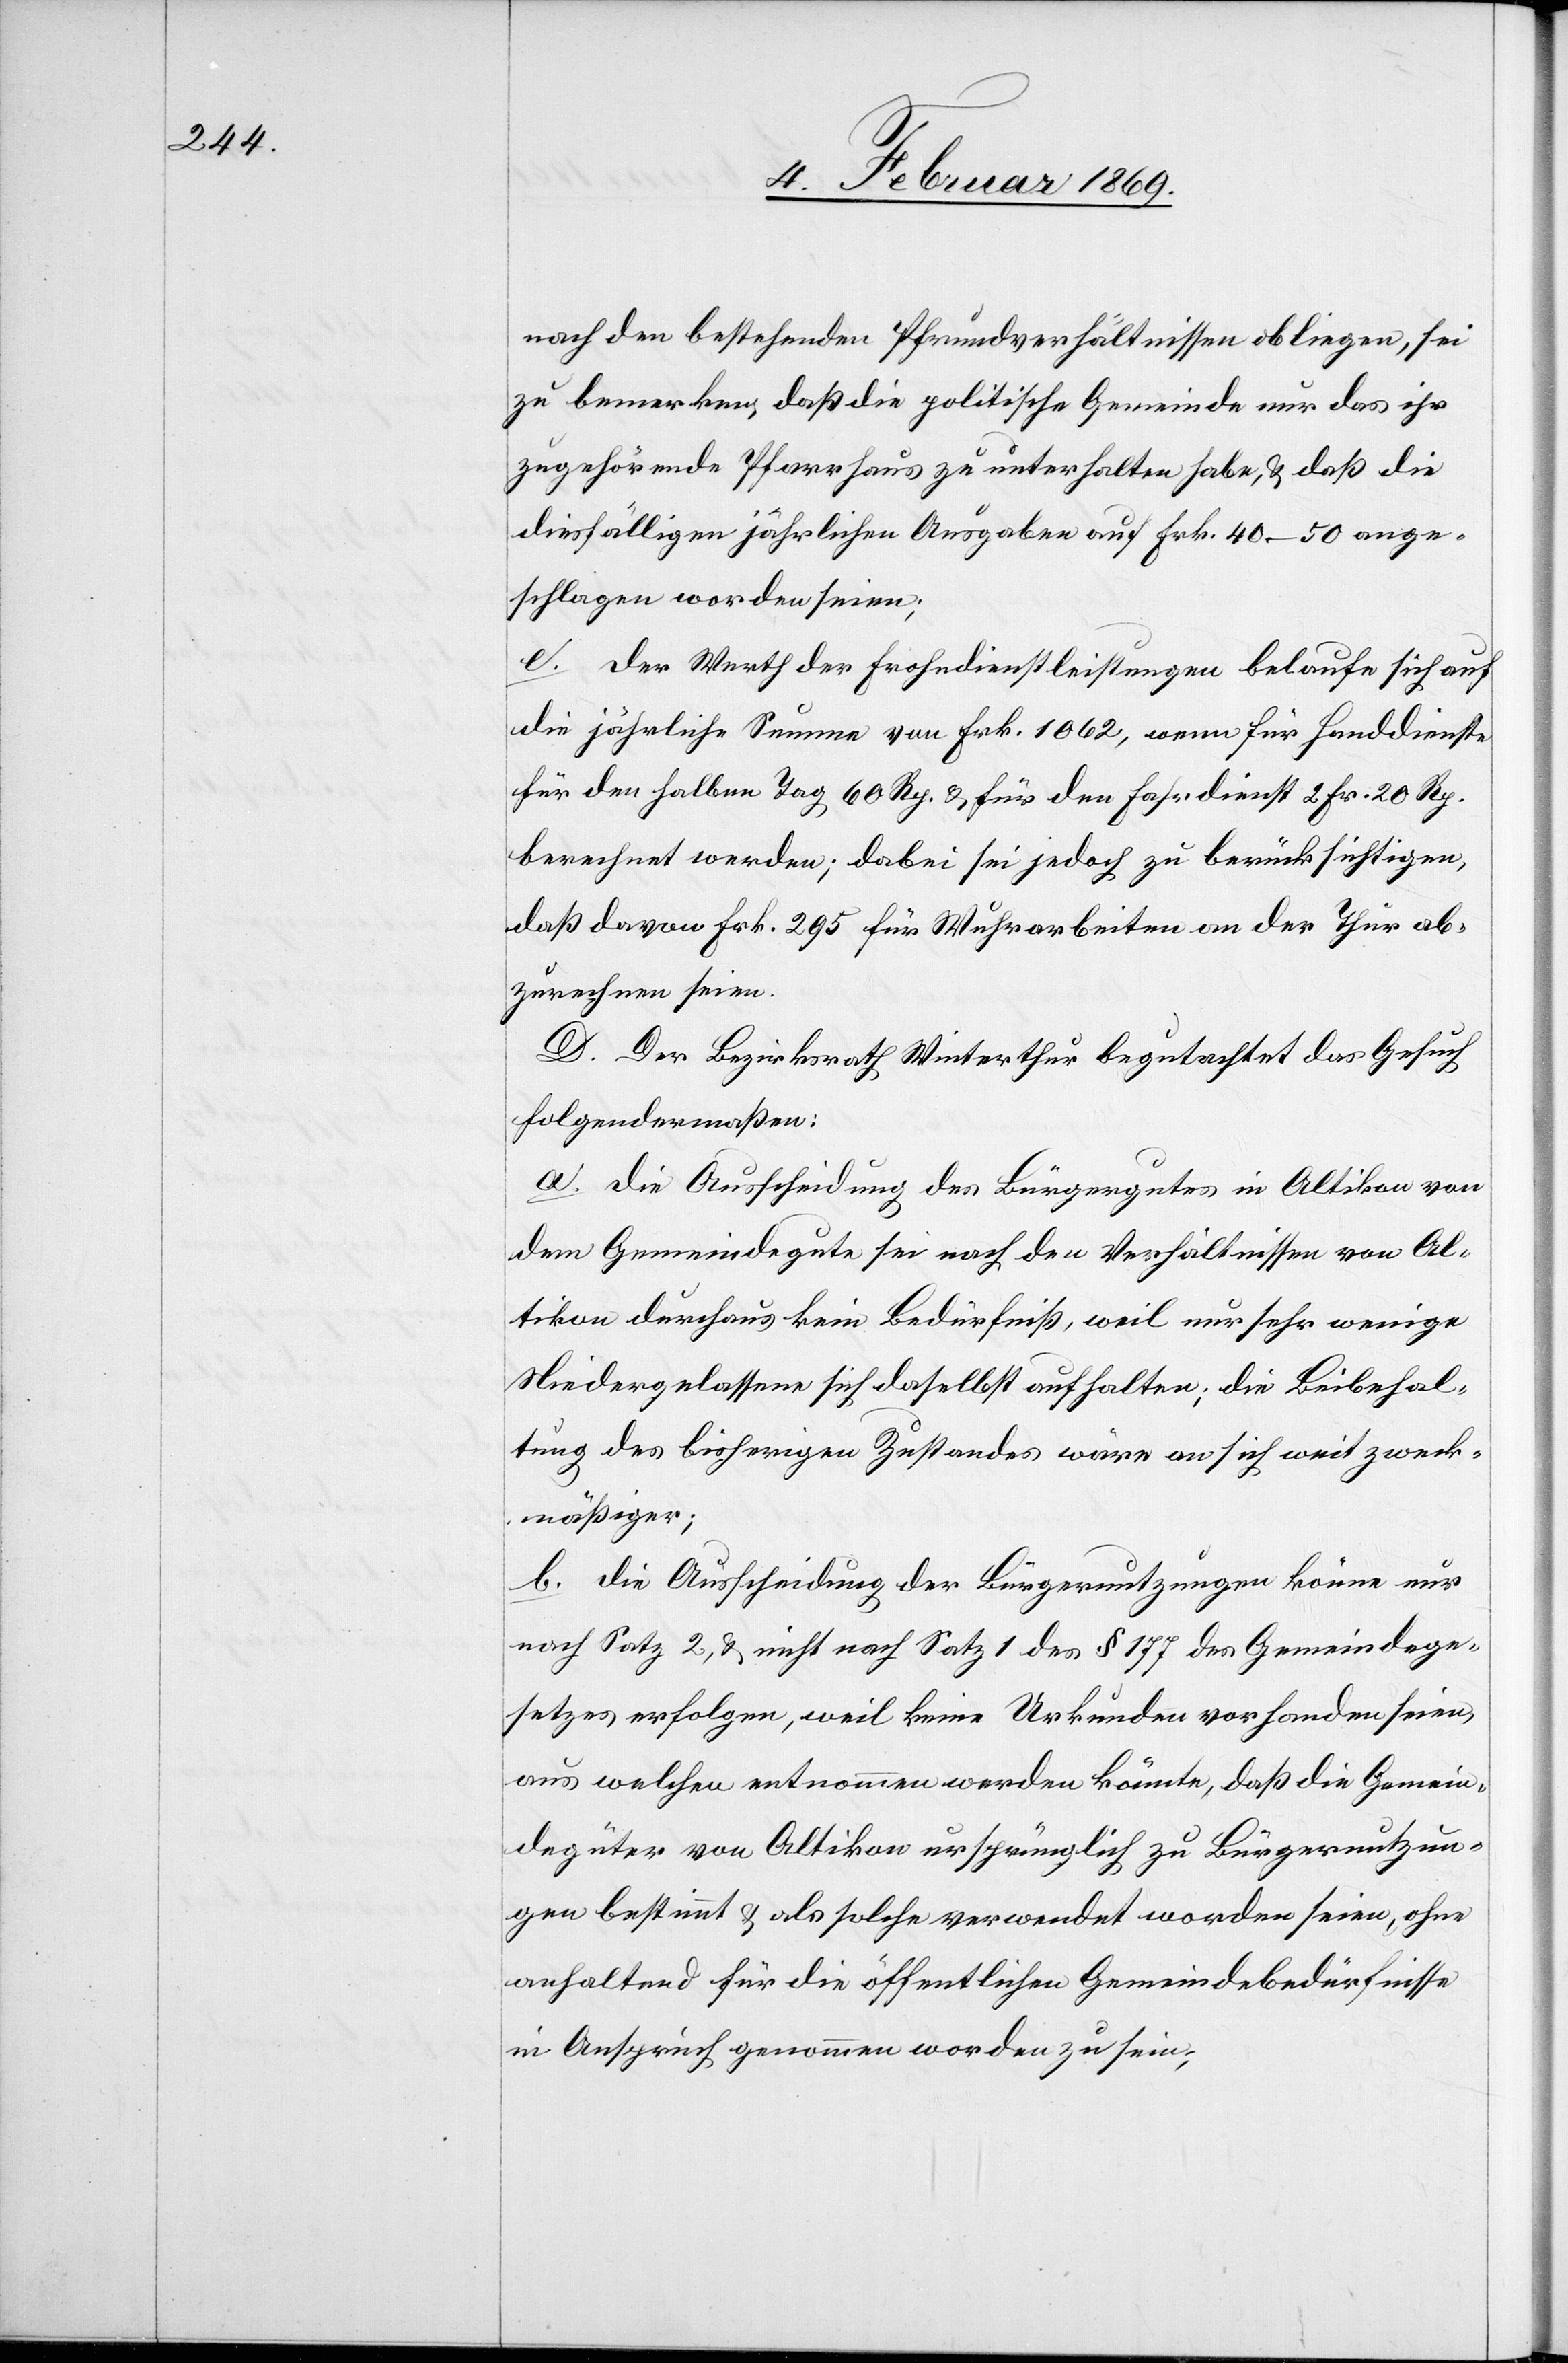
nach den bestehenden Pfrundverhältnissen obliegen, sei
zu bemerken, daß die politische Gemeinde nur das ihr
zugehörende Pfarrhause zu unterhalten habe, & daß die
diesfälligen jährlichen Ausgaben auf Frk. 40–50 ange¬
schlagen worden seien;
e. der Werth der Frohndienstleistungen belaufe sich auf
die jährliche Summe von Frk. 1062, wenn für Handdienste
für den halben Tag 60 Rp. & für den Fahrdienst 2 Fr. 20 Rp.
berechnet werden; dabei sei jedoch zu berücksichtigen,
daß davon Frk. 295 für Wuhrarbeiten an der Thur ab¬
zurechnen seien.
D. Der Bezirksrath Winterthur begutachtet das Gesuch
folgendermaßen:
a. die Ausscheidung des Bürgergutes in Altikon von
dem Gemeindegute sei nach den Verhältnissen von Al¬
tikon durchaus kein Bedürfniß, weil nur sehr wenige
Niedergelassene sich daselbst aufhalten, die Beibehal¬
tung des bisherigen Zustandes wäre an sich weit zweck¬
mäßiger;
b. die Ausscheidung der Bürgernutzungen könne nur
nach Satz 2, & nicht nach Satz 1 des § 177 des Gemeindege¬
setzes erfolgen, weil keine Urkunden vorhanden seien,
aus welchen entnommen werden könnte, daß die Gemein¬
degüter von Altikon ursprünglich zu Bürgernutzun¬
gen bestimmt & als solche verwendet worden seien, ohne
anhaltend für die öffentlichen Gemeindebedürfnisse
in Anspruch genommen worden zu sein;